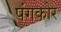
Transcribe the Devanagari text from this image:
पंगकोर